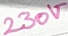
Text: 230V